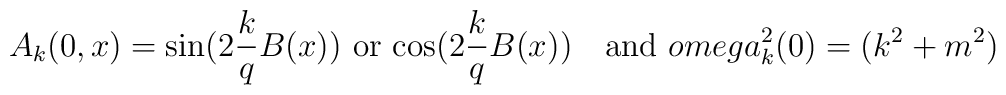
A_k(0,x) = {\rm sin}(2\frac{k}{q}B(x)) \ {\rm or} \ {\rm cos}(2\frac{k}{q}B(x))\  \ \ {\rm and} \ \ \\omega_k^2(0) = (k^2 + m^2 )